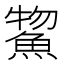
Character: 𫙦